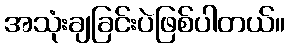
အသုံးချခြင်းပဲဖြစ်ပါတယ်။